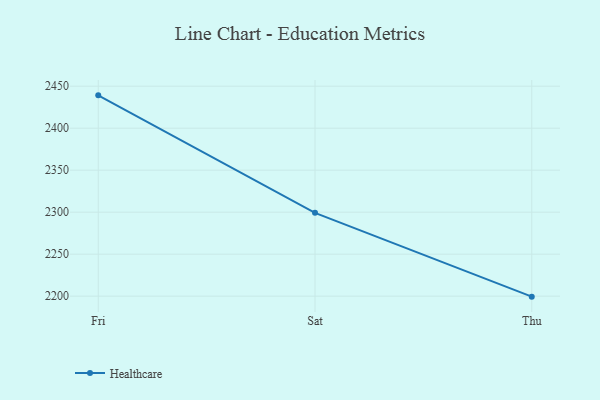
{"axis": {"x": "Day", "y": "Website Visitors"}, "legend": ["Healthcare"], "data": [{"x": "Fri", "y": 2439.1, "type": "Healthcare"}, {"x": "Sat", "y": 2299.2, "type": "Healthcare"}, {"x": "Thu", "y": 2199.4, "type": "Healthcare"}]}